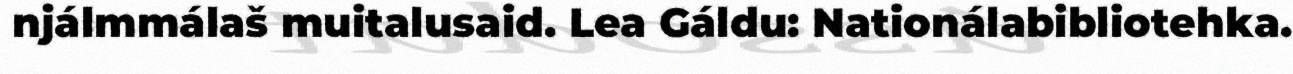
njálmmálaš muitalusaid. Lea Gáldu: Nationálabibliotehka.